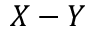
X - Y